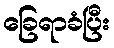
ခြေရာခံပြီး